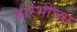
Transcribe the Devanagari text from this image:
प्रारंभीच्‍या